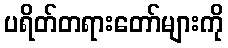
ပရိတ်တရားတော်များကို